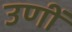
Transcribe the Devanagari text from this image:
उणीं